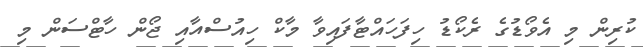
ކުރިން މި އެވޯޑުގެ ރެކޯޑު ހިފަހައްޓާފައިވާ މާކް ހިއުސްއާއި ޖޯން ހާޓްސަން މި